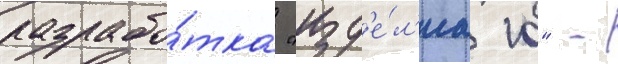
разрабо́тка "изд'е́л'иа 10" -